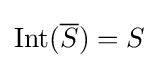
\operatorname {Int} ({\overline {S}})=S